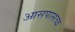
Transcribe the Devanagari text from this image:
आसपासच्य